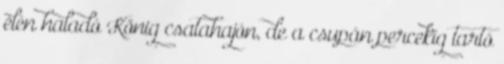
élén haladó König csatahajón, de a csupán percekig tartó